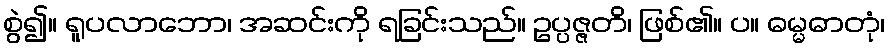
စွဲ၍။ ရူပလာဘော၊ အဆင်းကို ရခြင်းသည်။ ဥပ္ပဇ္ဇတိ၊ ဖြစ်၏။ ပ။ ဓမ္မဓာတုံ၊